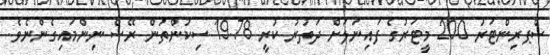
ސްޕރިންޓަރު 200 މީޓަރުގެ ފައިނަލަށް ދަތުރު ކުރީ 19.78 ސިކުންތުން ރޭސް ނިންމައިގެންނެވެ.